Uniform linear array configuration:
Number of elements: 64
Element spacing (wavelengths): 0.25
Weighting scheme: kaiser
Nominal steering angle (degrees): -15
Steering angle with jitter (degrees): -13.051
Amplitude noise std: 0.05
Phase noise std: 0.05

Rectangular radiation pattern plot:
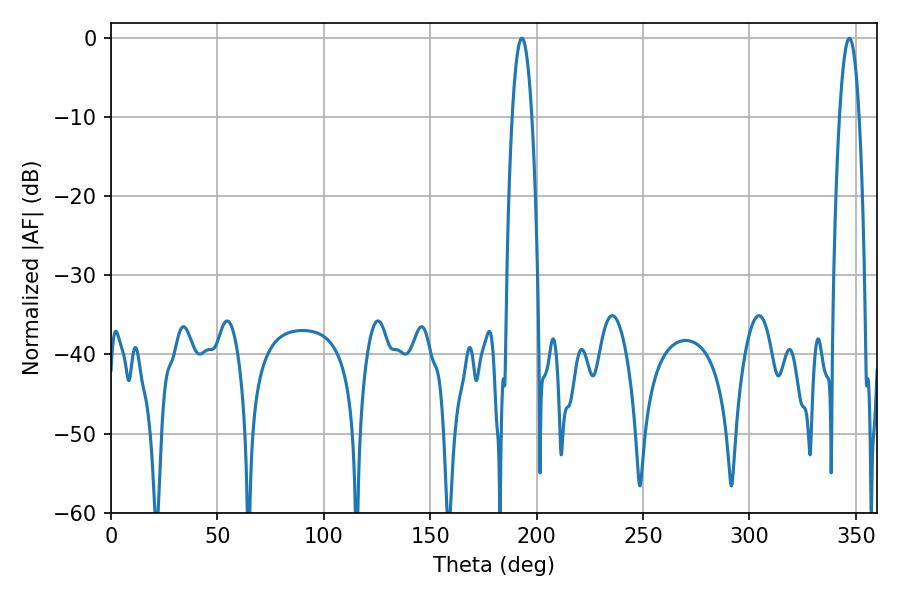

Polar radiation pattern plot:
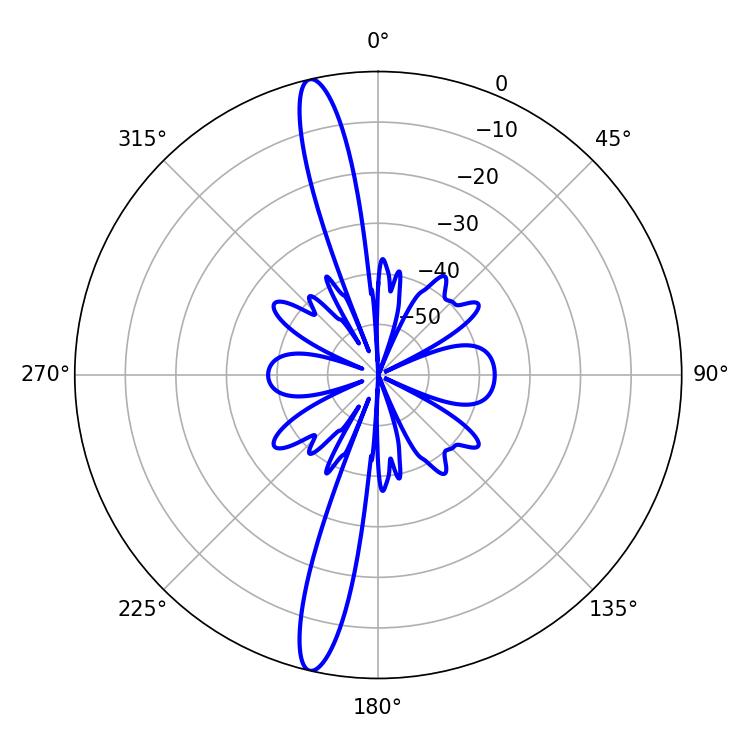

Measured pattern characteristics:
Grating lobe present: FALSE
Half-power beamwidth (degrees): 5.04
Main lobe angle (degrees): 193.14